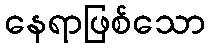
နေရာဖြစ်သော